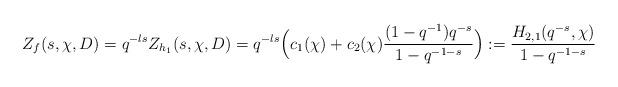
LaTeX: \begin{align*}Z_f(s, \chi, D)=q^{-ls}Z_{h_1}(s, \chi, D)=q^{-ls}\Big(c_1(\chi )+c_2(\chi )\frac{(1-q^{-1})q^{-s}}{1-q^{-1-s}}\Big):=\dfrac{H_{2, 1}(q^{-s}, \chi)}{1-q^{-1-s}}\end{align*}